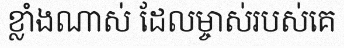
ខ្លាំងណាស់ ដែលម្ចាស់របស់គេ